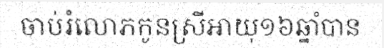
ចាប់រំលោភកូនស្រីអាយុ១៦ឆ្នាំបាន